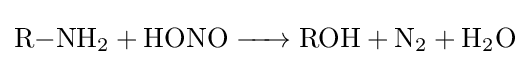
{\ce {R-NH2 + HONO -> ROH + N2 + H2O}}